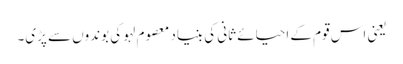
یعنی اس قوم کے احیائے ثانی کی بنیاد معصوم لہو کی بوندوں سے پڑی۔